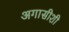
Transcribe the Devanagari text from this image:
अगासीशी